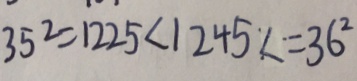
3 5 ^ { 2 } = 1 2 2 5 < 1 2 4 5 < \cdot = 3 6 ^ { 2 }